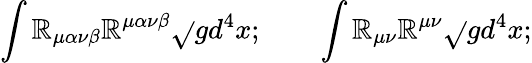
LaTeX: \int\mathbb{R}_{\mu\alpha\nu\beta}\mathbb{R}^{\mu\alpha\nu\beta}\sqrt{}{{g}}d^{4}x;\qquad\int\mathbb{R}_{\mu\nu}\mathbb{R}^{\mu\nu}\sqrt{}{{g}}d^{4}x;